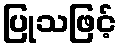
ပြုသဖြင့်